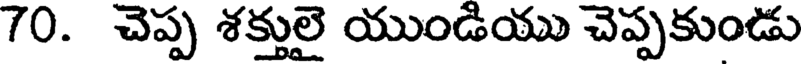
70. చెప్ప శక్తులై యుండియు చెప్పకుండు